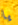
يا